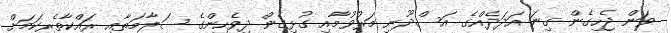
ވަން ޖެހިގެން ގިނަ އަދަދެއްގެ އަސްދޫނި މަރުވުމާއި ގުޅިގެން ދިވެހިންގެ ސަލާމަތާއި ރައްކާތެރިކަމަށް